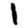
Digit: 1